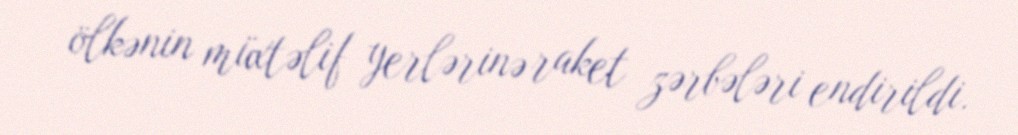
ölkənin müxtəlif yerlərinə raket zərbələri endirildi.